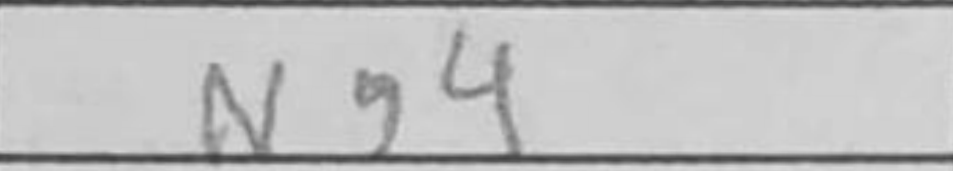
Transcription: Ng4